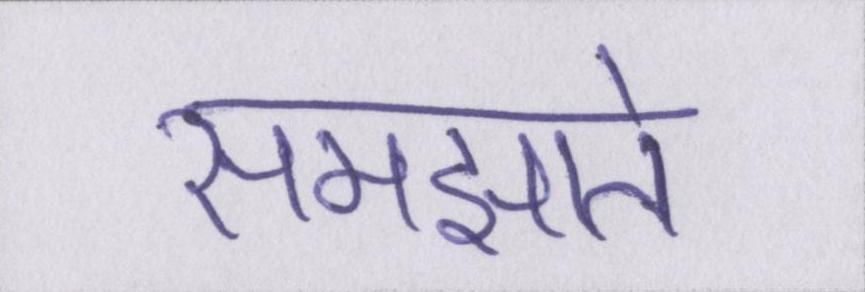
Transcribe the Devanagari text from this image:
समझाते